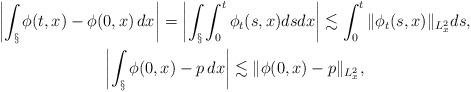
LaTeX: \begin{gather*} \left|\int_{\S} \phi(t, x)- \phi(0, x)\, dx\right|= \left|\int_{\S} \int_0^t \phi_t(s, x) ds dx\right| \lesssim \int_0^t\|\phi_t(s, x)\|_{L^2_x} ds, \\ \left|\int_{\S} \phi(0, x)- p\, dx\right|\lesssim \|\phi(0, x)- p\|_{L^2_x},\end{gather*}